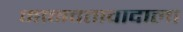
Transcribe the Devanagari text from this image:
मानवतावादाला